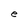
Character: e